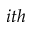
i t h